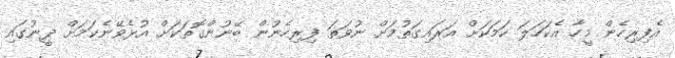
އެފިރިހެން މީހާ އެކަހަލަ ކަމަކަށް އަރައިގަތުމަށް ނުވަތަ ފިރިހެނުން ބޭނުންގޮތަކަށް އުޅެވޭނެކަމަށް ދީނުގައި